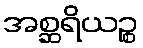
အစ္ဆရိယဉ္စ